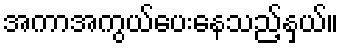
အကာအကွယ်ပေးနေသည့်နှယ်။